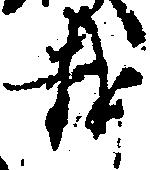
載